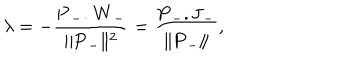
\lambda = - \frac { \mathbf { P } _ { - } . \mathbf { W } _ { - } } { \| \mathbf { P } _ { - } \| ^ { 2 } } = \frac { \mathbf { P } _ { - } . \mathbf { J } _ { - } } { \| \mathbf { P } _ { - } \| } ,